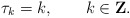
\begin{align*}\tau_k=k, \qquad k\in {\bf Z}.\end{align*}